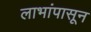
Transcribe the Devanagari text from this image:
लाभांपासून